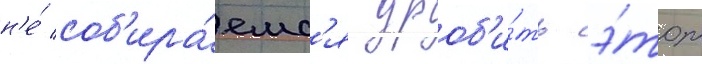
н'е́ соб'ира́емс'я дроб'и́ть э́тот